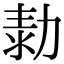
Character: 𠡾